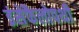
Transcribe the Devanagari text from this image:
इंसेफैलोपथी